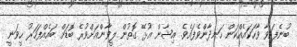
ބުނެފައިވާ ވާހަކައެއްކަން ހަނދާންވެފައެވެ. އިޝާން އުޅޭ ގޮތުން ލީވާންއަށްވުރެ ބޮޑަށް ބައެއްފަހަރު ހީވަނީ